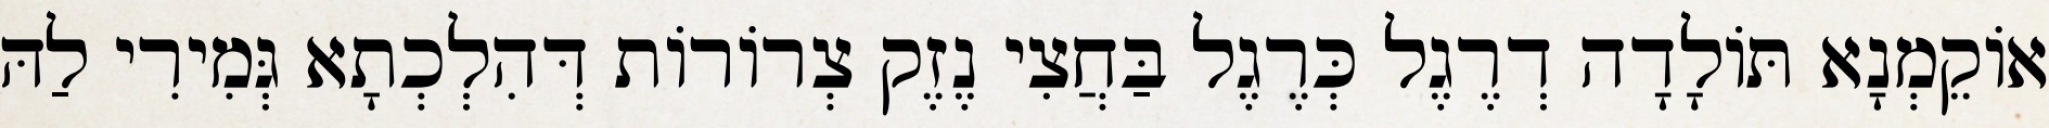
אוֹקֵמְנָא תּוֹלָדָה דְרֶגֶל כְּרֶגֶל בַּחֲצִי נֶזֶק צְרוֹרוֹת דְּהִלְכְתָא גְּמִירִי לַהּ